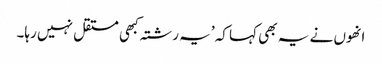
انھوں نے یہ بھی کہا کہ ’یہ رشتہ کبھی مستقل نہیں رہا۔